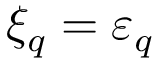
{ \xi } _ { q } = { \varepsilon } _ { q }